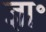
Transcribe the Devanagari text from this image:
ज्ञा॰